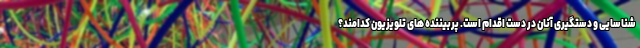
شناسایی و دستگیری آنان در دست اقدام است. پربیننده های تلویزیون کدامند؟